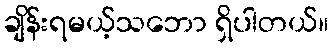
ချိန်းရမယ့်သဘော ရှိပါတယ်။